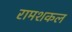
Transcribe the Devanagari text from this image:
रामशकल